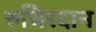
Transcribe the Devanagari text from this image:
रुधिरदान